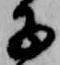
子